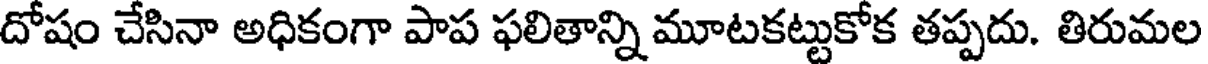
దోషం చేసినా అధికంగా పాప ఫలితాన్ని మూటకట్టుకోక తప్పదు. తిరుమల